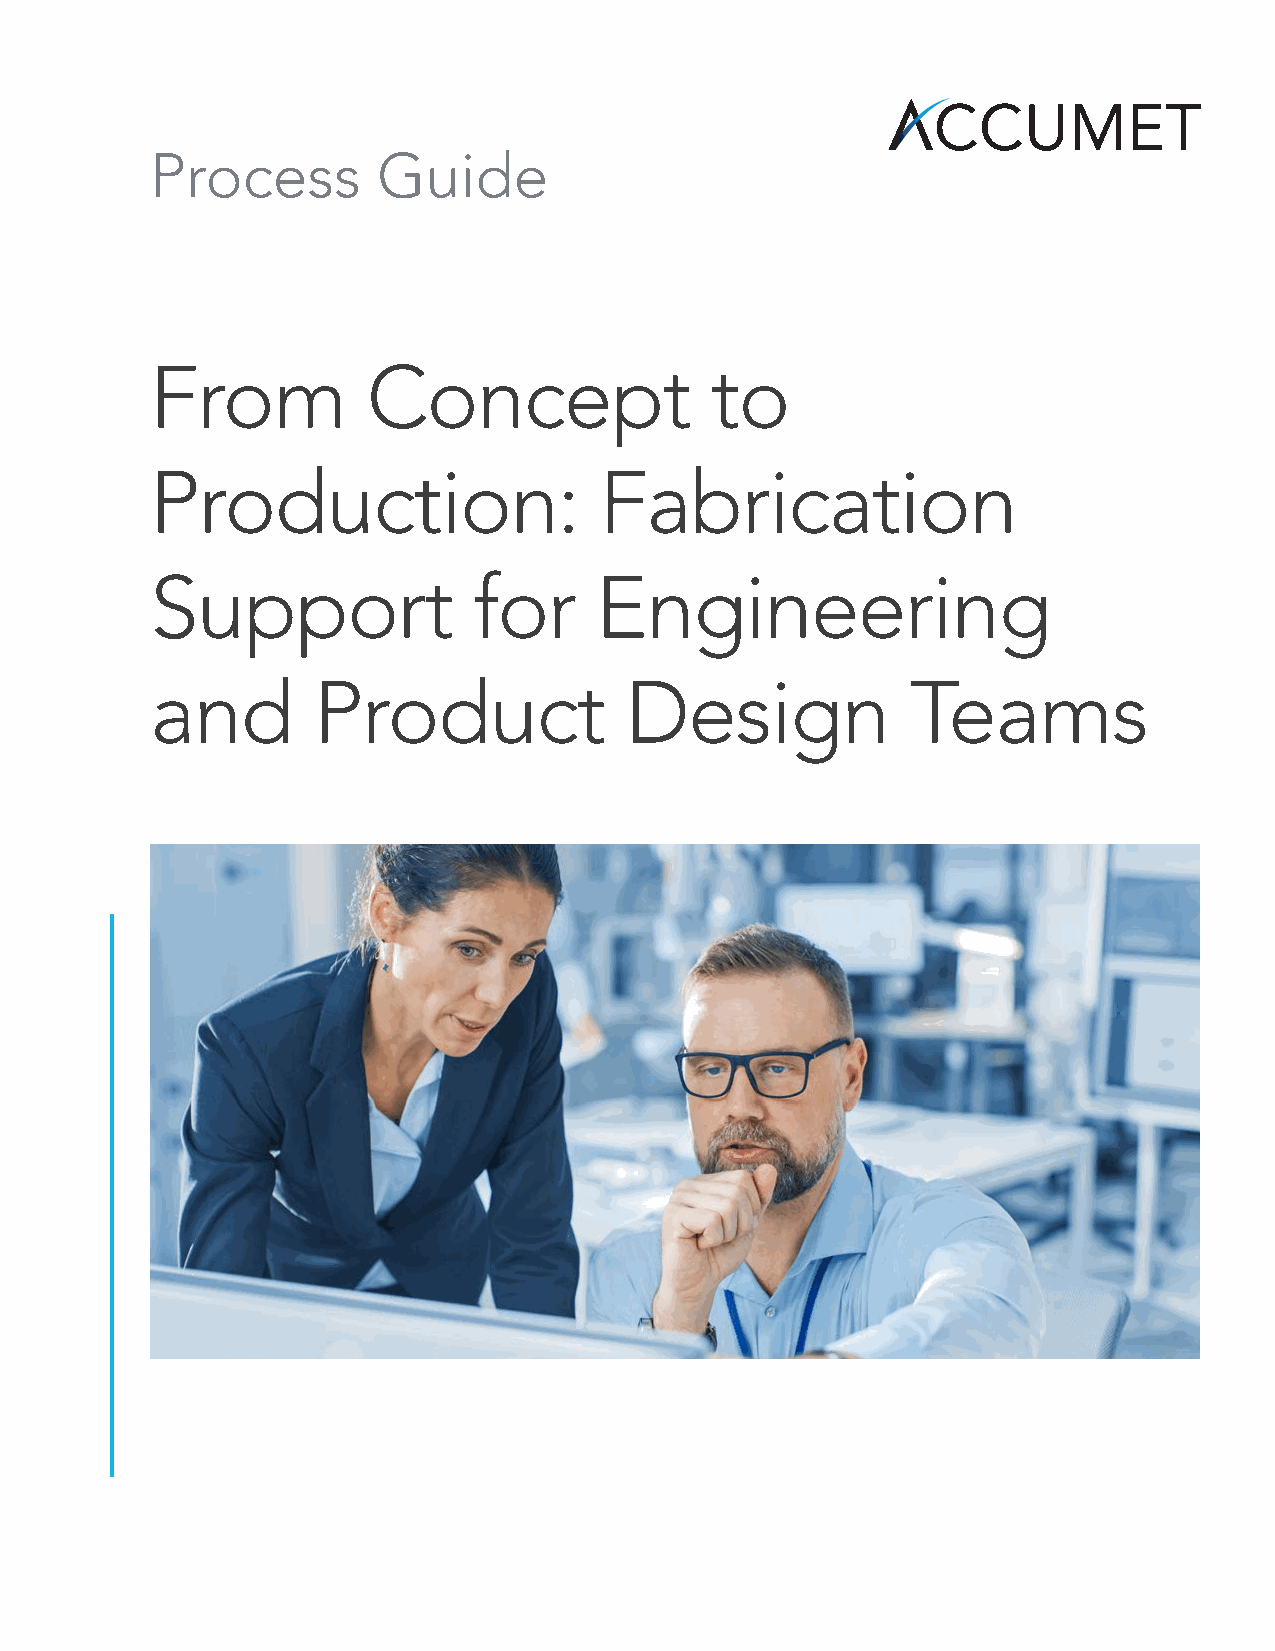
Process        Guide
 From          Concept                to
 Production:                   Fabrication
 Support              for     Engineering
 and        Product             Design             Teams